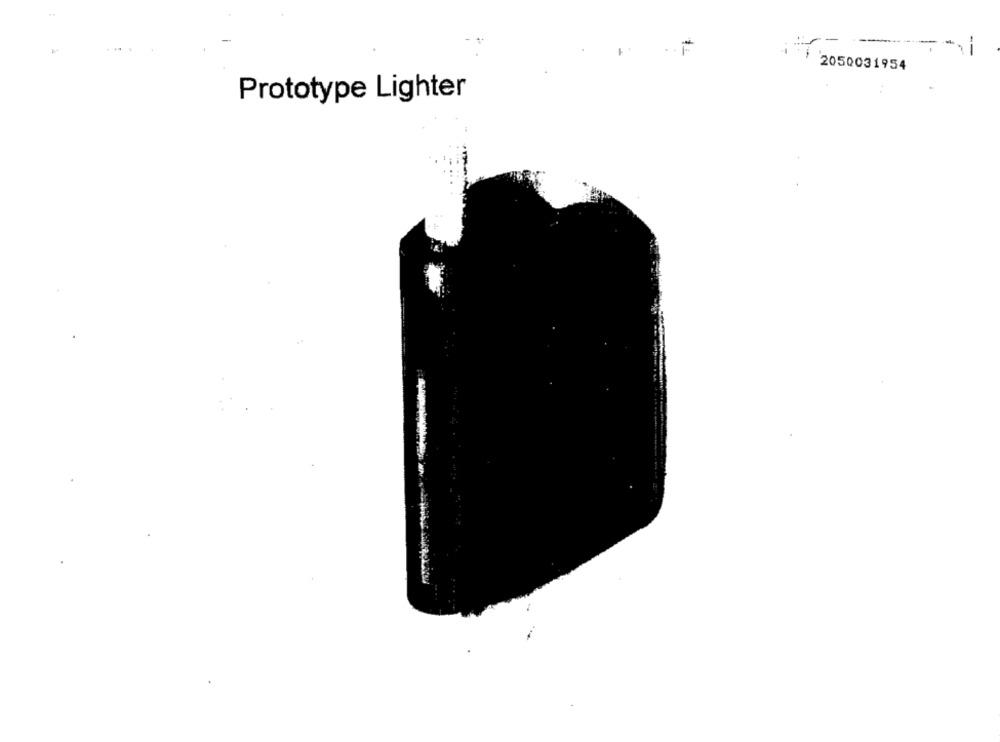
:-
----
--
2050031954
Prototype Lighter